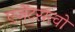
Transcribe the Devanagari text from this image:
एजेंटसत्वो